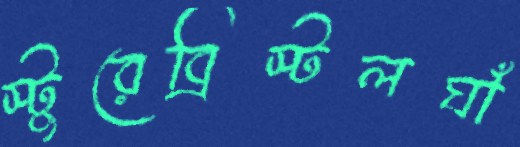
স্টুরেব্রিস্টলঘাঁ